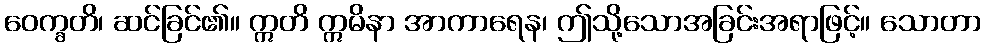
ဝေက္ခတိ၊ ဆင်ခြင်၏။ ဣတိ ဣမိနာ အာကာရေန၊ ဤသို့သောအခြင်းအရာဖြင့်။ သောတာ